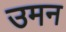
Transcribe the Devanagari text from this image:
उमन